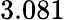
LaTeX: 3.081